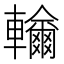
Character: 𨏤